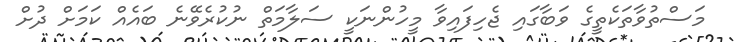
މަސްތުވާތަކެތީގެ ވަބާގައި ޖެހިފައިވާ މީހުންނަކީ ސަލާމަތް ނުކުރެވޭނެ ބައެއް ކަމަށް ދުށް